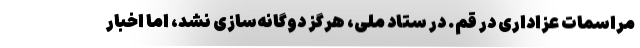
مراسمات عزاداری در قم. در ستاد ملی، هرگز دوگانه‌سازی نشد، اما اخبار